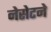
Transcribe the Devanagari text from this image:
नेसेटने